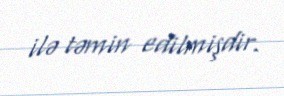
ilə təmin edilmişdir.